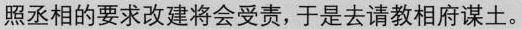
照丞相的要求改建将会受责，于是去请教相府谋土。